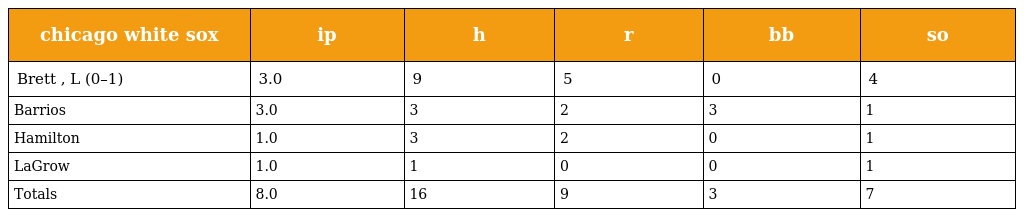
| chicago white sox | ip | h | r | bb | so |
 | --- | --- | --- | --- | --- | --- |
 | Brett , L (0–1) | 3.0 | 9 | 5 | 0 | 4 |
 | Barrios | 3.0 | 3 | 2 | 3 | 1 |
 | Hamilton | 1.0 | 3 | 2 | 0 | 1 |
 | LaGrow | 1.0 | 1 | 0 | 0 | 1 |
 | Totals | 8.0 | 16 | 9 | 3 | 7 |